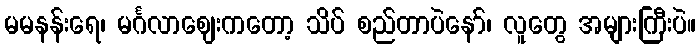
မမနန်းရေ၊ မင်္ဂလာဈေးကတော့ သိပ် စည်တာပဲနော်၊ လူတွေ အများကြီးပဲ။